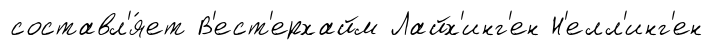
составл'я́ет В'ест'ерхайм Лайх'инг'ен Н'елл'инг'ен